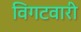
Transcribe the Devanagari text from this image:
विगटवारी